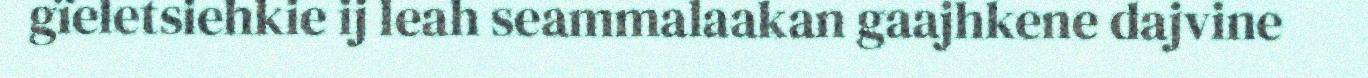
gïeletsiehkie ij leah seammalaakan gaajhkene dajvine